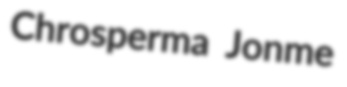
Chrosperma Jonme